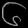
Digit: ၆